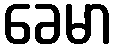
ခေမာ